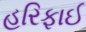
હરિફાઈ